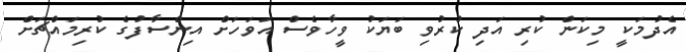
އެދުމަކީ މިކަން ކުރި އަދި ކުރުވި ބަޔަކު ވީހާވެސް އަވަހަށް އިންސާފުގެ ކުރިމައްޗަށް